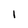
Character: 1